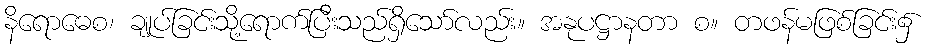
နိရောဓေစ၊ ချုပ်ခြင်းသို့ရောက်ပြီးသည်ရှိသော်လည်း။ အနုပဋ္ဌာနတာ စ။ တဖန်မဖြစ်ခြင်း၌